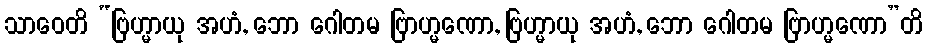
သာဝေတိ “ဗြဟ္မာယု အဟံ, ဘော ဂေါတမ ဗြာဟ္မဏော, ဗြဟ္မာယု အဟံ, ဘော ဂေါတမ ဗြာဟ္မဏော”တိ